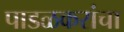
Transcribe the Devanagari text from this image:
पाडळकरांचा